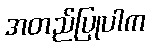
အတည်ပြုပါက